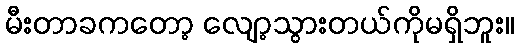
မီးတာခကတော့ လျော့သွားတယ်ကိုမရှိဘူး။